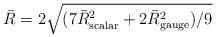
LaTeX: \begin{align*}\bar{R} = 2 \sqrt{(7 \bar{R}_{\rm scalar}^2 + 2 \bar{R}_{\rm gauge}^2)/9}\end{align*}